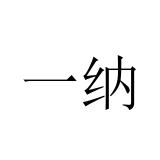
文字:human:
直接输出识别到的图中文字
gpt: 一纳